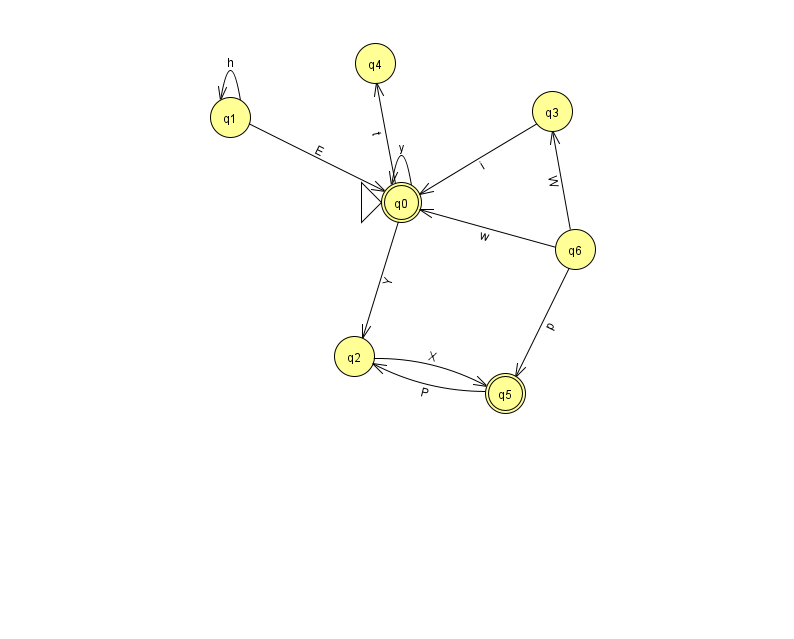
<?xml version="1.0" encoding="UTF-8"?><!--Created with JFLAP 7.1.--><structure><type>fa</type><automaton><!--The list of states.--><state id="0" name="q0"><x>401.0</x><y>189.0</y><initial/><final/></state><state id="1" name="q1"><x>230.0</x><y>104.0</y></state><state id="2" name="q2"><x>354.0</x><y>343.0</y></state><state id="3" name="q3"><x>552.0</x><y>98.0</y></state><state id="4" name="q4"><x>375.0</x><y>50.0</y></state><state id="5" name="q5"><x>505.0</x><y>380.0</y><final/></state><state id="6" name="q6"><x>575.0</x><y>236.0</y></state><!--The list of transitions.--><transition><from>0</from><to>2</to><read>Y</read></transition><transition><from>2</from><to>5</to><read>X</read></transition><transition><from>6</from><to>0</to><read>w</read></transition><transition><from>0</from><to>4</to><read>t</read></transition><transition><from>6</from><to>5</to><read>p</read></transition><transition><from>3</from><to>0</to><read>i</read></transition><transition><from>1</from><to>1</to><read>h</read></transition><transition><from>0</from><to>0</to><read>y</read></transition><transition><from>1</from><to>0</to><read>E</read></transition><transition><from>5</from><to>2</to><read>P</read></transition><transition><from>6</from><to>3</to><read>W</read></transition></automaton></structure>